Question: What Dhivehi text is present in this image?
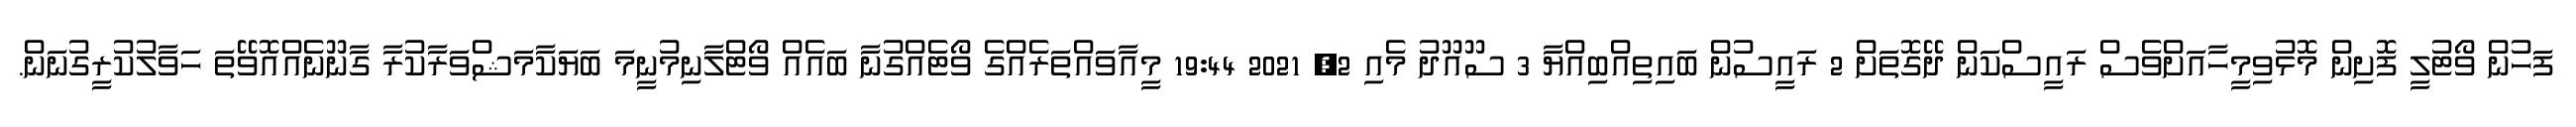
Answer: ފަހުން ވޯޓުލީ ފޮށިން މޮޅުވިމީހާއަށްވެސް ރައީސްކަން ދޭގޮތަށް 2 ރައީސުން ބައިތިއްބިއްޔާ 3 ސޫއޫދު މެއި 2, 2021 19:44 މީއާވައްތަރެއްގެ ވޯޓެއްގުނާ ބައެއް ވޯޓްލާނިމުނީމަ ބަޔަކާމަޝްވަރާކުރާ ގާނޫނެއްއޮވޭތަ ހަވާލުކުރީގުނަން.